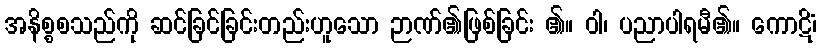
အနိစ္စစသည်ကို ဆင်ခြင်ခြင်းတည်းဟူသော ဉာဏ်၏ဖြစ်ခြင်း ၏။ ဝါ၊ ပညာပါရမီ၏။ ကောဋိံ၊